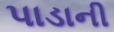
પાડાની